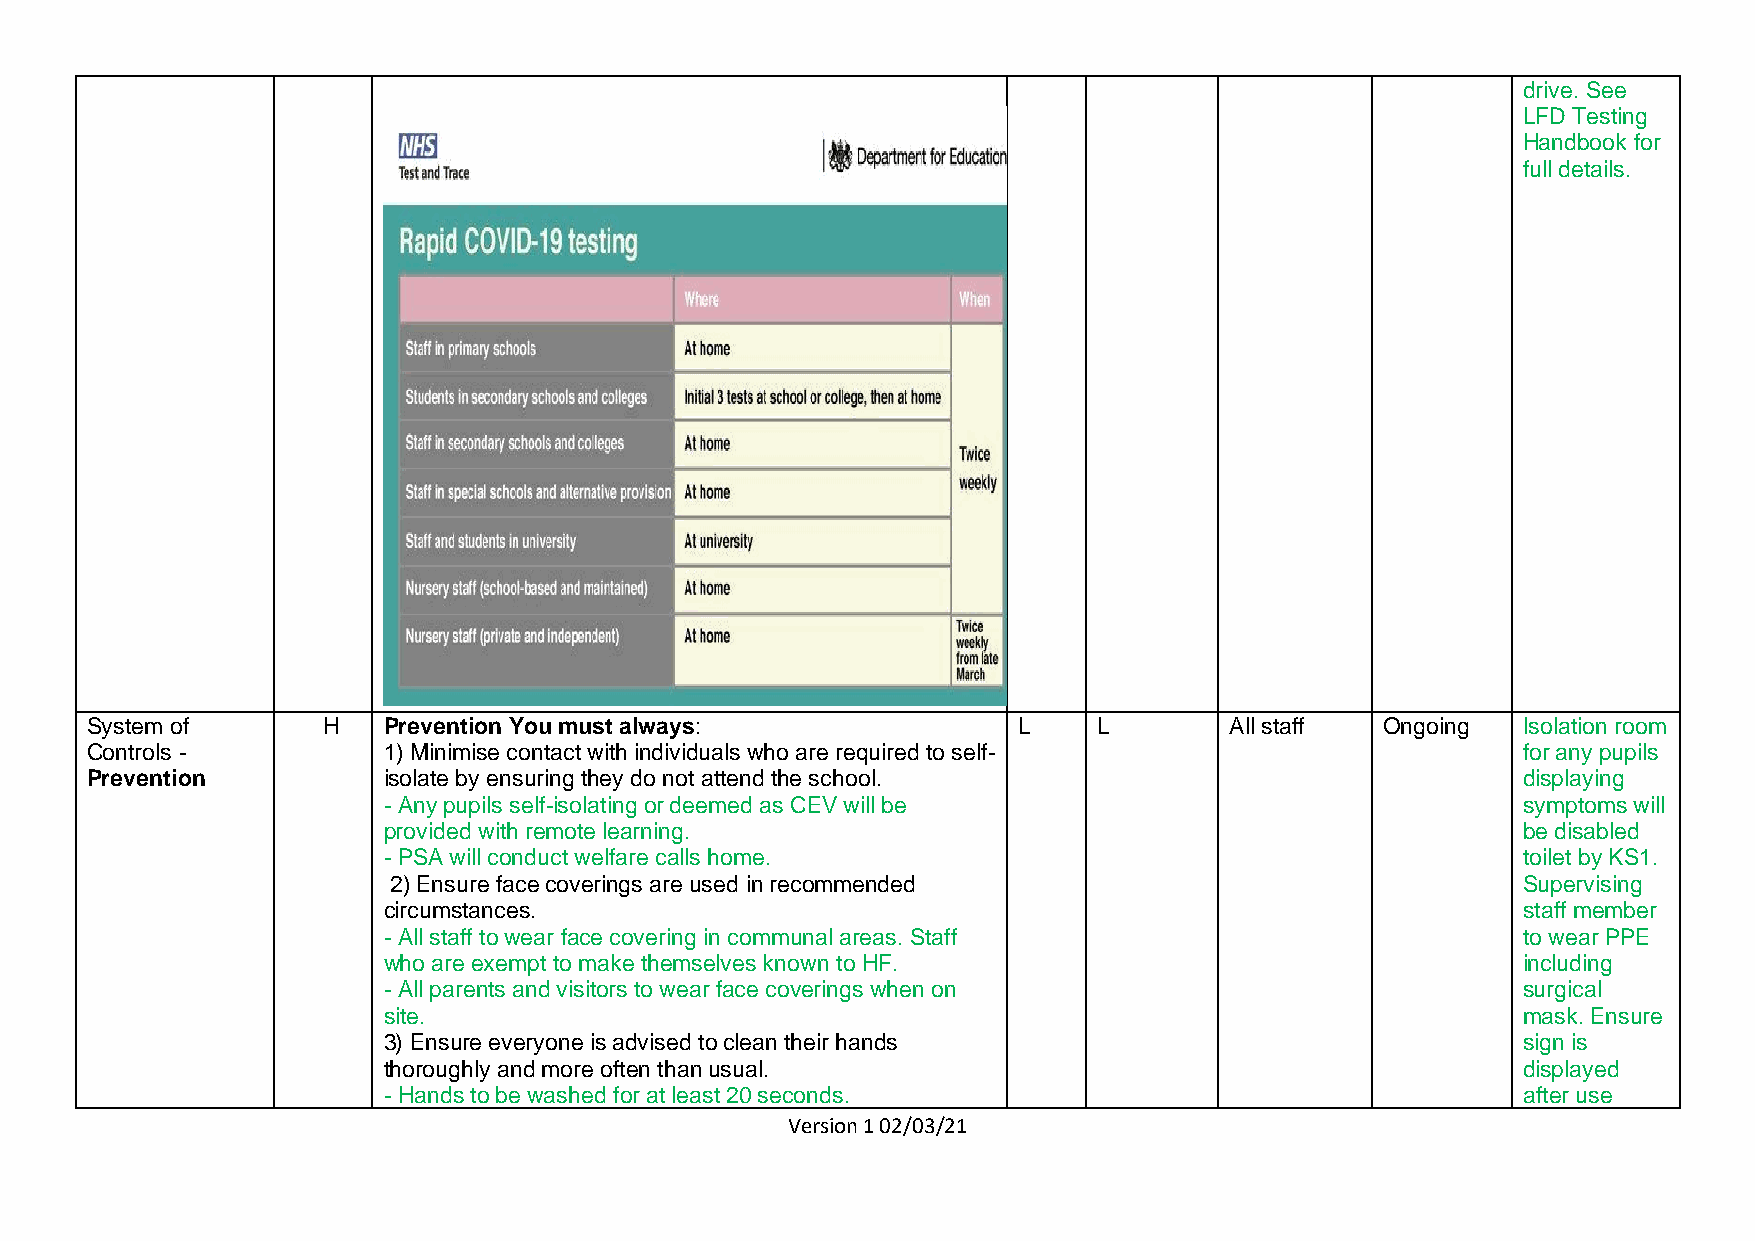
drive. See
 LFD Testing
 Handbook for
 full details.
 System of      H   Prevention You must always:               L     L       All staff Ongoing   Isolation room
 Controls -         1) Minimise contact with individuals who are required to self-              for any pupils
 Prevention         isolate by ensuring they do not attend the school.                          displaying
 - Any pupils self-isolating or deemed as CEV will be                        symptoms will
 provided with remote learning.                                              be disabled
 - PSA will conduct welfare calls home.                                      toilet by KS1.
 2) Ensure face coverings are used in recommended                           Supervising
 circumstances.                                                              staff member
 - All staff to wear face covering in communal areas. Staff                  to wear PPE
 who are exempt to make themselves known to HF.                              including
 - All parents and visitors to wear face coverings when on                   surgical
 site.                                                                       mask. Ensure
 3) Ensure everyone is advised to clean their hands                          sign is
 thoroughly and more often than usual.                                       displayed
 - Hands to be washed for at least 20 seconds.                               after use
 Version 1 02/03/21